Indian journal of veterinary science and animal husbandry - Volumes 26-27, 1956-1957
Year: 1956
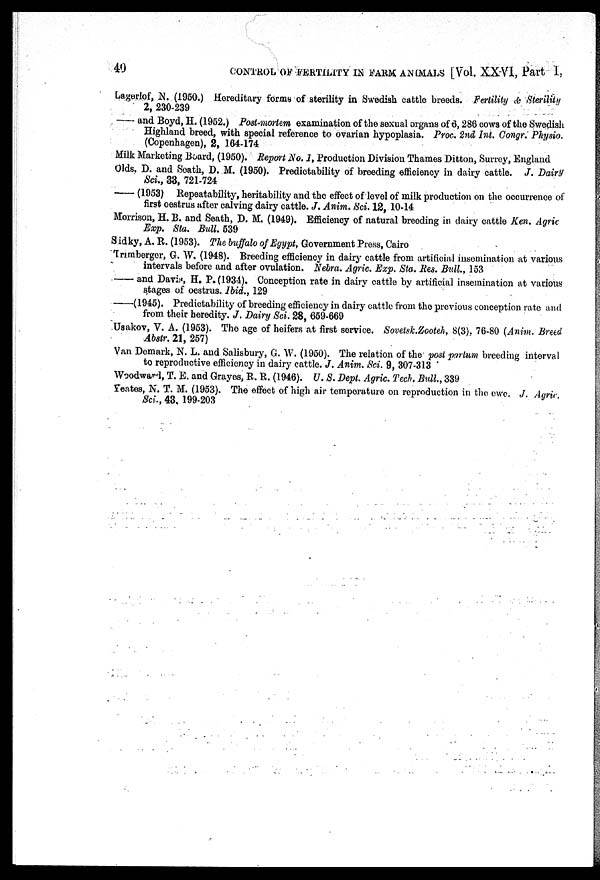
40
CONTROL OF FERTILITY IN FARM ANIMALS [Vol. XXVI, Part I,
Lagerlof, N. (1950.) Hereditary forms of sterility in Swedish cattle breeds. Fertility & Sterility
2, 230-239
— and Boyd, H. (1952.) Post-mortem examination of the sexual organs of 6, 286 cows of the Swedish
Highland breed, with special reference to ovarian hypoplasia. Proc. 2nd Int. Congr. Physio.
(Copenhagen), 2, 164-174
Milk Marketing Board, (1950). Report No. 1, Production Division Thames Ditton, Surrey, England
Olds, D. and Seath, D. M. (1950). Predictability of breeding efficiency in dairy cattle. J. Dairy
Sci., 33, 721-724
— (1953) Repeatability, heritability and the effect of level of milk production on the occurrence of
first oestrus after calving dairy cattle. J. Anim. Sci. 12, 10-14
Morrison, H. B. and Seath, D. M. (1949). Efficiency of natural breeding in dairy cattle Ken. Agric
Exp. Sta. Bull. 539
Sidky, A. R. (1953). The buffalo of Egypt, Government Press, Cairo
Trimberger, G. W. (1948). Breeding efficiency in dairy cattle from artificial insemination at various
intervals before and after ovulation. Nebra. Agric. Exp. Sta. Res. Bull., 153
— and Davis, H. P. (1934). Conception rate in dairy cattle by artificial insemination at various
stages of oestrus. Ibid., 129
— (1945). Predictability of breeding efficiency in dairy cattle from the previous conception rate and
from their heredity. J. Dairy Sci. 28, 659-669
Usakov, V. A. (1953). The age of heifers at first service. Sovetsk.Zooteh, 8(3), 76-80 (Anim. Breed
Abstr. 21, 257)
Van Demark, N. L. and Salisbury, G. W. (1950). The relation of the post partum breeding interval
to reproductive efficiency in dairy cattle. J. Anim. Sci. 9, 307-313
Woodward, T. E. and Grayes, R. R. (1946). U. S. Dept. Agric. Tech. Bull., 339
Yeates, N. T. M. (1953). The effect of high air temperature on reproduction in the ewe. J. Agric.
Sci., 43, 199-203